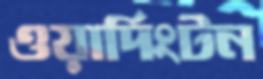
ওয়ার্দিংটন